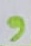
Text: 9